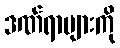
ဒဏ်ရာများကို